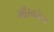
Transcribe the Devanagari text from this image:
मॉस्कोन